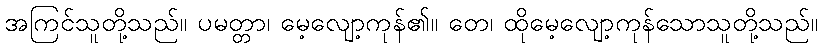
အကြင်သူတို့သည်။ ပမတ္တာ၊ မေ့လျော့ကုန်၏။ တေ၊ ထိုမေ့လျော့ကုန်သောသူတို့သည်။